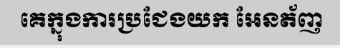
គេក្នុងការប្រជែងយក អែនត័ញ